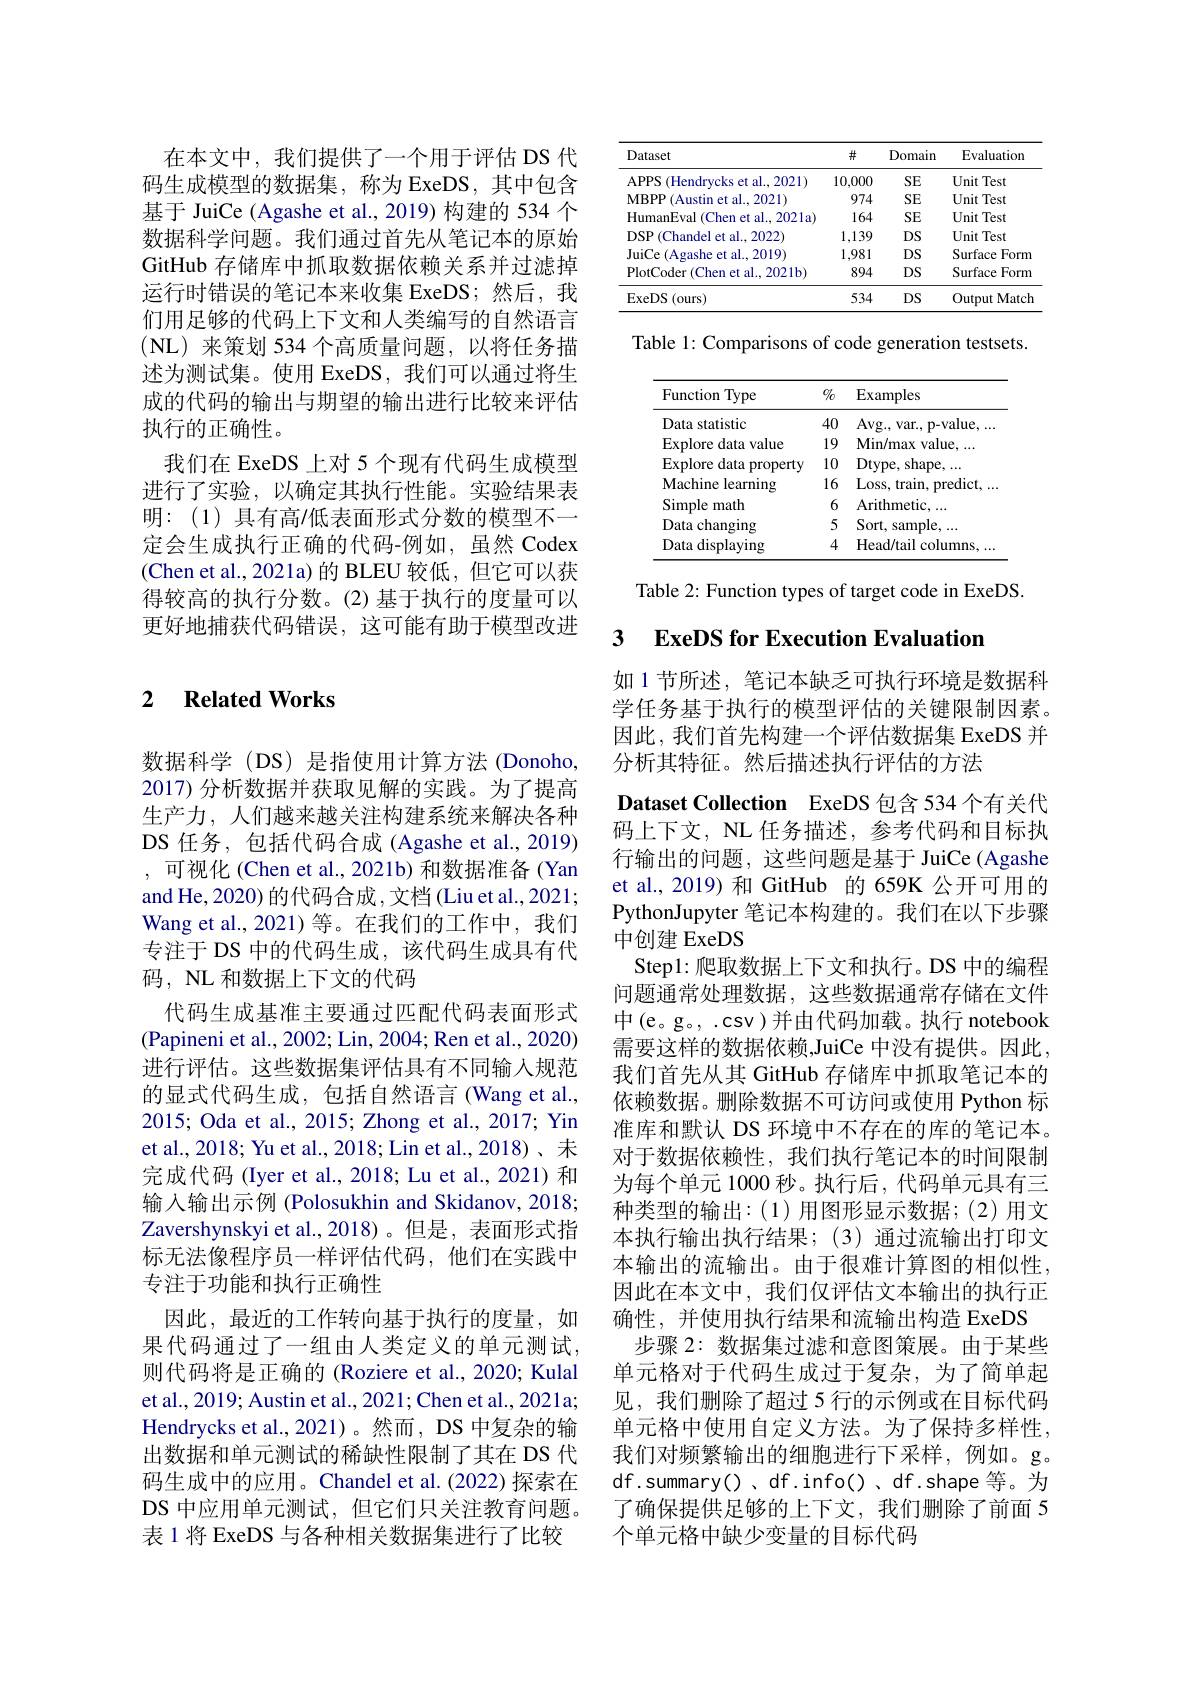
在本文中，我们提供了一个用于评估 DS 代码生成模型的数据集，称为 ExeDS,其中包含基于 JuiCe (Agashe et al., 2019) 构建的 534 个数据科学问题。我们通过首先从笔记本的原始GitHub 存储库中抓取数据依赖关系并过滤掉运行时错误的笔记本来收集 ExeDS;然后，我们用足够的代码上下文和人类编写的自然语言(NL)来策划 534 个高质量问题，以将任务描述为测试集。使用 ExeDS,我们可以通过将生成的代码的输出与期望的输出进行比较来评估执行的正确性。
我们在 ExeDS 上对 5 个现有代码生成模型进行了实验，以确定其执行性能。实验结果表明：(1)具有高/低表面形式分数的模型不一定会生成执行正确的代码-例如，虽然 Codex (Chen et al., 2021a)的 BLEU 较低，但它可以获得较高的执行分数。(2)基于执行的度量可以更好地捕获代码错误，这可能有助于模型改进

## 2 $\textbf{Related Works}$

数据科学(DS)是指使用计算方法(Donoho, 2017) 分析数据并获取见解的实践。为了提高生产力，人们越来越关注构建系统来解决各种DS 任务，包括代码合成 (Agashe et al.,2019) ,可视化 (Chen et al., 2021b) 和数据准备 (Yan and He, 2020) 的代码合成，文档 (Liu et al., 2021; Wang et al., 2021)等。在我们的工作中，我们专注于 DS 中的代码生成，该代码生成具有代码，NL 和数据上下文的代码
代码生成基准主要通过匹配代码表面形式(Papineni et al., 2002; Lin, 2004; Ren et al., 2020) 进行评估。这些数据集评估具有不同输入规范的显式代码生成，包括自然语言(Wang et al., 2015; Oda et al., 2015; Zhong et al., 2017; Yin et al., 2018; Yu et al., 2018; Lin et al., 2018)、未完成代码 (Iyer et al., 2018; Lu et al., 2021) 和输入输出示例 (Polosukhin and Skidanov, 2018; Zavershynskyi et al.,2018)。但是，表面形式指标无法像程序员一样评估代码，他们在实践中专注于功能和执行正确性
因此，最近的工作转向基于执行的度量，如果代码通过了一组由人类定义的单元测试， 则代码将是正确的 (Roziere et al., 2020; Kulal et al., 2019; Austin et al., 2021; Chen et al., 2021a; Hendrycks et al.,2021)。然而，DS 中复杂的输出数据和单元测试的稀缺性限制了其在 DS 代码生成中的应用。Chandel et al.(2022) 探索在DS 中应用单元测试，但它们只关注教育问题。表 1 将 ExeDS 与各种相关数据集进行了比较

<table>
	<tbody>
		<tr>
			<th>Dataset</th>
			<th>井</th>
			<th>Domain</th>
			<th>Evaluation</th>
		</tr>
		<tr>
			<td>APPS (Hendrycks et al., 2021) $\therefore f$</td>
			<td>10,000</td>
			<td>SE</td>
			<td>Unit Test</td>
		</tr>
		<tr>
			<td>MBPP $P($Austin et al., 2021)</td>
			<td>974</td>
			<td>SE</td>
			<td>Unit Test</td>
		</tr>
		<tr>
			<td>HumanEval 1 (Chen et al., 2021a)</td>
			<td>164</td>
			<td>SE</td>
			<td>Unit Test</td>
		</tr>
		<tr>
			<td>$DSP$ 71 (Chandel et al..2022)</td>
			<td>1,139</td>
			<td>DS</td>
			<td>Unit Test</td>
		</tr>
		<tr>
			<td>JuiCe (Agashe et al., 2019)</td>
			<td>1,981</td>
			<td>DS</td>
			<td>Surface Form</td>
		</tr>
		<tr>
			<td>PlotCoder ( Chen et al. , 2021b) </td>
			<td>894</td>
			<td>DS</td>
			<td>Surface Form 4</td>
		</tr>
		<tr>
			<td>ExeDS ( ours) </td>
			<td>534</td>
			<td>DS</td>
			<td>Output Match</td>
		</tr>
	</tbody>
</table>

Table 1: Comparisons of code generation testsets.

<table>
	<tbody>
		<tr>
			<th>Function' .Type</th>
			<th>$\%$</th>
			<th>Examples</th>
		</tr>
		<tr>
			<td>Data statistic</td>
			<td>40</td>
			<td>Avg. , var. , p- value</td>
		</tr>
		<tr>
			<td>Explore data value</td>
			<td>19</td>
			<td>Min/ max $\textbf{value}$</td>
		</tr>
		<tr>
			<td>$\operatorname{Explore}$data property 1</td>
			<td>10</td>
			<td>Dtype, shape. $\Delta AA$</td>
		</tr>
		<tr>
			<td>Machine learning</td>
			<td>16</td>
			<td>Loss, train, predict, </td>
		</tr>
		<tr>
			<td>Simple math</td>
			<td>6</td>
			<td>Arithmetic</td>
		</tr>
		<tr>
			<td>Data changing</td>
			<td>5</td>
			<td>Sort, sample</td>
		</tr>
		<tr>
			<td>Data displaying</td>
			<td>4</td>
			<td>Head/tail columns T</td>
		</tr>
	</tbody>
</table>

Table 2: Function types of target code in ExeDS.

## 3 $\textbf{ExeDS for Execution Evaluation}$

如 1 节所述，笔记本缺乏可执行环境是数据科

学任务基于执行的模型评估的关键限制因素。因此，我们首先构建一个评估数据集 ExeDS 并分析其特征。然后描述执行评估的方法
Dataset Collection ExeDS 包含 534 个有关代码上下文，NL 任务描述，参考代码和目标执行输出的问题，这些问题是基于 JuiCe (Agashe et al.,2019)和 GitHub 的 659K 公开可用的PythonJupyter 笔记本构建的。我们在以下步骤中创建 ExeDS
Step1:爬取数据上下文和执行。DS 中的编程问题通常处理数据，这些数据通常存储在文件中(e。g。, .csv)并由代码加载。执行 notebook 需要这样的数据依赖，JuiCe 中没有提供。因此， 我们首先从其 GitHub 存储库中抓取笔记本的依赖数据。删除数据不可访问或使用 Python 标准库和默认 DS 环境中不存在的库的笔记本。对于数据依赖性，我们执行笔记本的时间限制为每个单元 1000 秒。执行后，代码单元具有三种类型的输出：(1)用图形显示数据；(2)用文本执行输出执行结果；(3)通过流输出打印文本输出的流输出。由于很难计算图的相似性， 因此在本文中，我们仅评估文本输出的执行正确性，并使用执行结果和流输出构造 ExeDS
步骤 2: 数据集过滤和意图策展。由于某些单元格对于代码生成过于复杂，为了简单起见，我们删除了超过 5 行的示例或在目标代码单元格中使用自定义方法。为了保持多样性， 我们对频繁输出的细胞进行下采样，例如。g。df.summary()、df.info()、df.shape 等。为了确保提供足够的上下文，我们删除了前面 5个单元格中缺少变量的目标代码